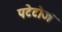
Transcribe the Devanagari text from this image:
पटेटोज